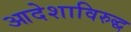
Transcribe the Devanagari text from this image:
आदेशाविरुद्ध